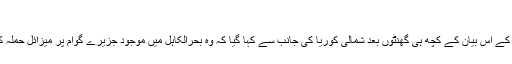
(06.07.2017)
امریکی صدر ڈونلڈ ٹرمپ کے اس بیان کے کچھ ہی گھنٹوں بعد شمالی کوريا کی جانب سے کہا گيا کہ وہ بحرالکاہل میں موجود جزيرے گوام پر میزائل حملہ کرنے پر غور کر رہا ہے۔